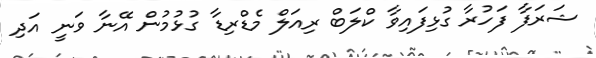
ޝަރަފާ ފަހުރާ ގުޅިފައިވާ ކްލަބް ރިއަލް މެޑްރިޑާ ގުޅުމުން އޭނާ ވަނީ އަދި